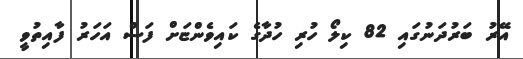
އޭރު ބަރުދަނުގައި 82 ކިލޯ ހުރި ހުދާގެ ކައިވެންޏަށް ފަސް އަހަރު ފާއިތުވީ